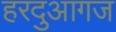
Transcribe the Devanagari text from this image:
हरदुआगज